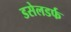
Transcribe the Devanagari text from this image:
डसेलडर्फ